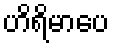
ဟိရိမာပေ